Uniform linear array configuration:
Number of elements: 16
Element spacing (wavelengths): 1
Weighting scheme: cosine
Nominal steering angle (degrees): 0
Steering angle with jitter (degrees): -0.9187
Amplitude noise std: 0.05
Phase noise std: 0.05

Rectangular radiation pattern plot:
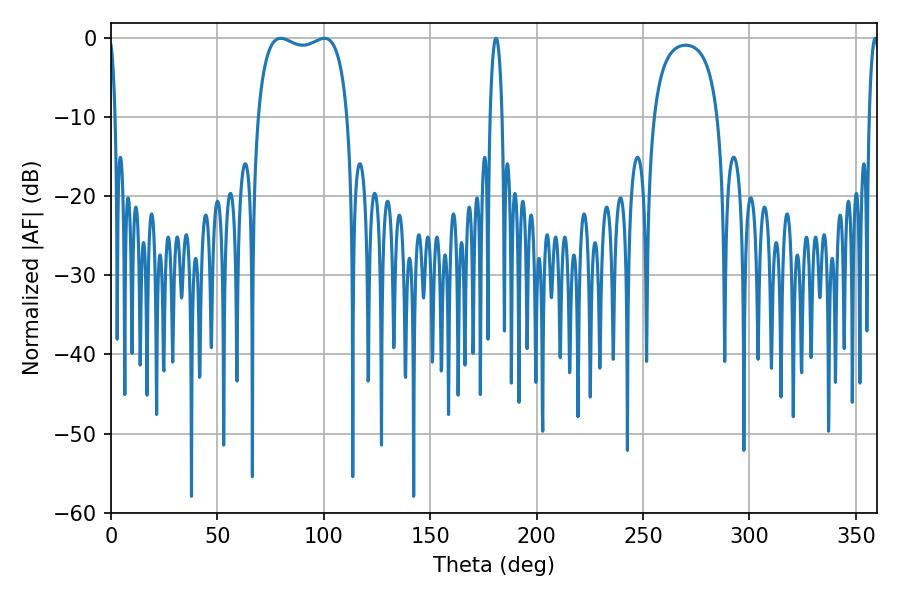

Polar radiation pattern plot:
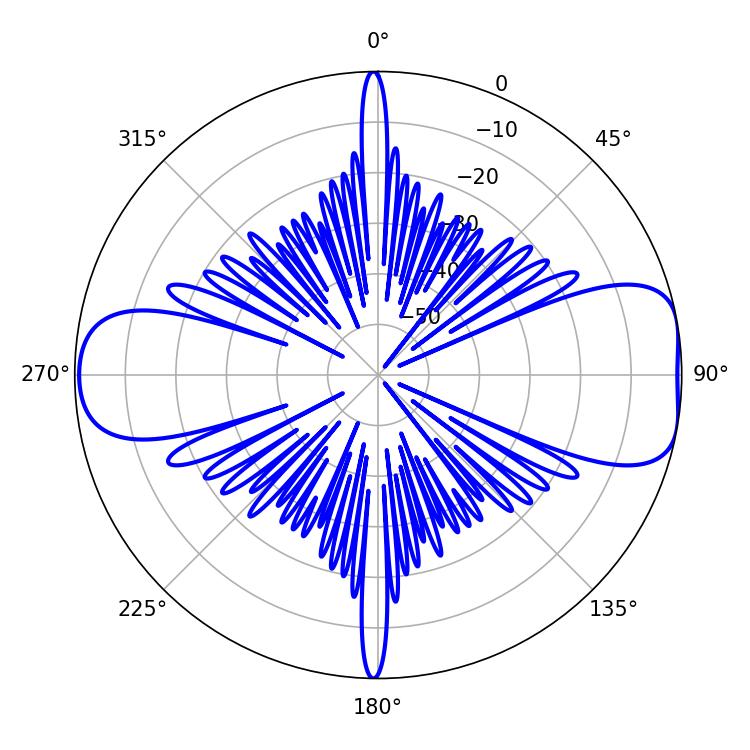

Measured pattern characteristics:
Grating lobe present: TRUE
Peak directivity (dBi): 8.812
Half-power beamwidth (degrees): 34.56
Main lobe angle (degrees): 79.74